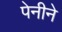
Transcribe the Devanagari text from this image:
पेनीने